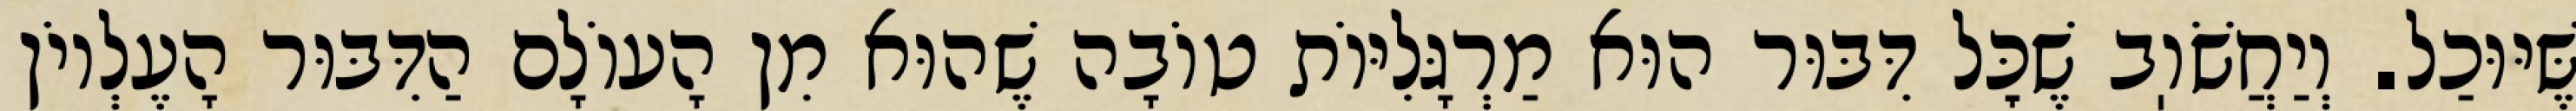
שֶּׁיּוּכַל. וְיַחֲשֹׁוֽב שֶׁכׇּל דִּבּוּר הוּא מַרְגָּלִיּוֹת טוֹבָה שֶׁהוּא מִן הָעוֹלָם הַדִּבּוּר הָעֶלְיוֹן